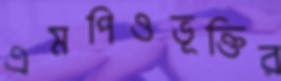
এমপিওভূক্তির